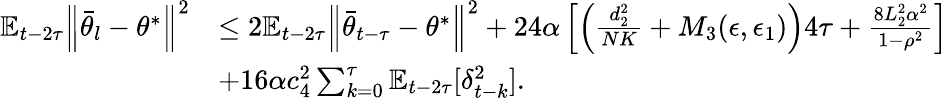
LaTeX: \begin{array}{rl}{\mathbb{E}_{t-2\tau}\Big\lVert\bar{\theta}_{l}-\theta^{*}\Big\rVert^{2}}&{\le 2\mathbb{E}_{t-2\tau}\Big\lVert\bar{\theta}_{t-\tau}-\theta^{*}\Big\rVert^{2}+24\alpha\left[\left(\frac{d_{2}^{2}}{NK}+M_{3}(\epsilon,\epsilon_{1})\right)4\tau+\frac{8L_{2}^{2}\alpha^{2}}{1-\rho^{2}}\right]}\\ &{+16\alpha c_{4}^{2}\sum_{k=0}^{\tau}\mathbb{E}_{t-2\tau}[\delta_{t-k}^{2}].}\end{array}